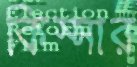
কিস্সার